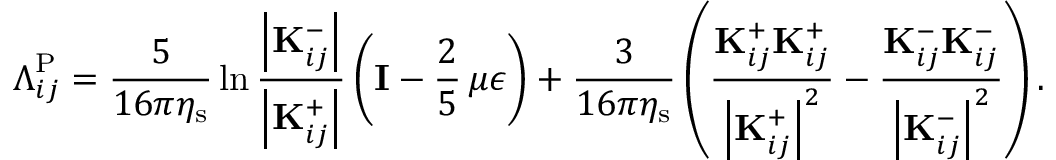
\boldsymbol { \Lambda } _ { i j } ^ { \mathrm { P } } = \frac { 5 } { 1 6 \pi \eta _ { \mathrm { s } } } \ln \frac { \left| \mathbf { K } _ { i j } ^ { - } \right| } { \left| \mathbf { K } _ { i j } ^ { + } \right| } \left( \mathbf { I } - \frac { 2 } { 5 } \, \mu \boldsymbol { \epsilon } \right) + \frac { 3 } { 1 6 \pi \eta _ { \mathrm { s } } } \left( \frac { \mathbf { K } _ { i j } ^ { + } \mathbf { K } _ { i j } ^ { + } } { \left| \mathbf { K } _ { i j } ^ { + } \right| ^ { 2 } } - \frac { \mathbf { K } _ { i j } ^ { - } \mathbf { K } _ { i j } ^ { - } } { \left| \mathbf { K } _ { i j } ^ { - } \right| ^ { 2 } } \right) .